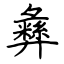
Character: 彝